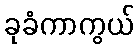
ခုခံကာကွယ်